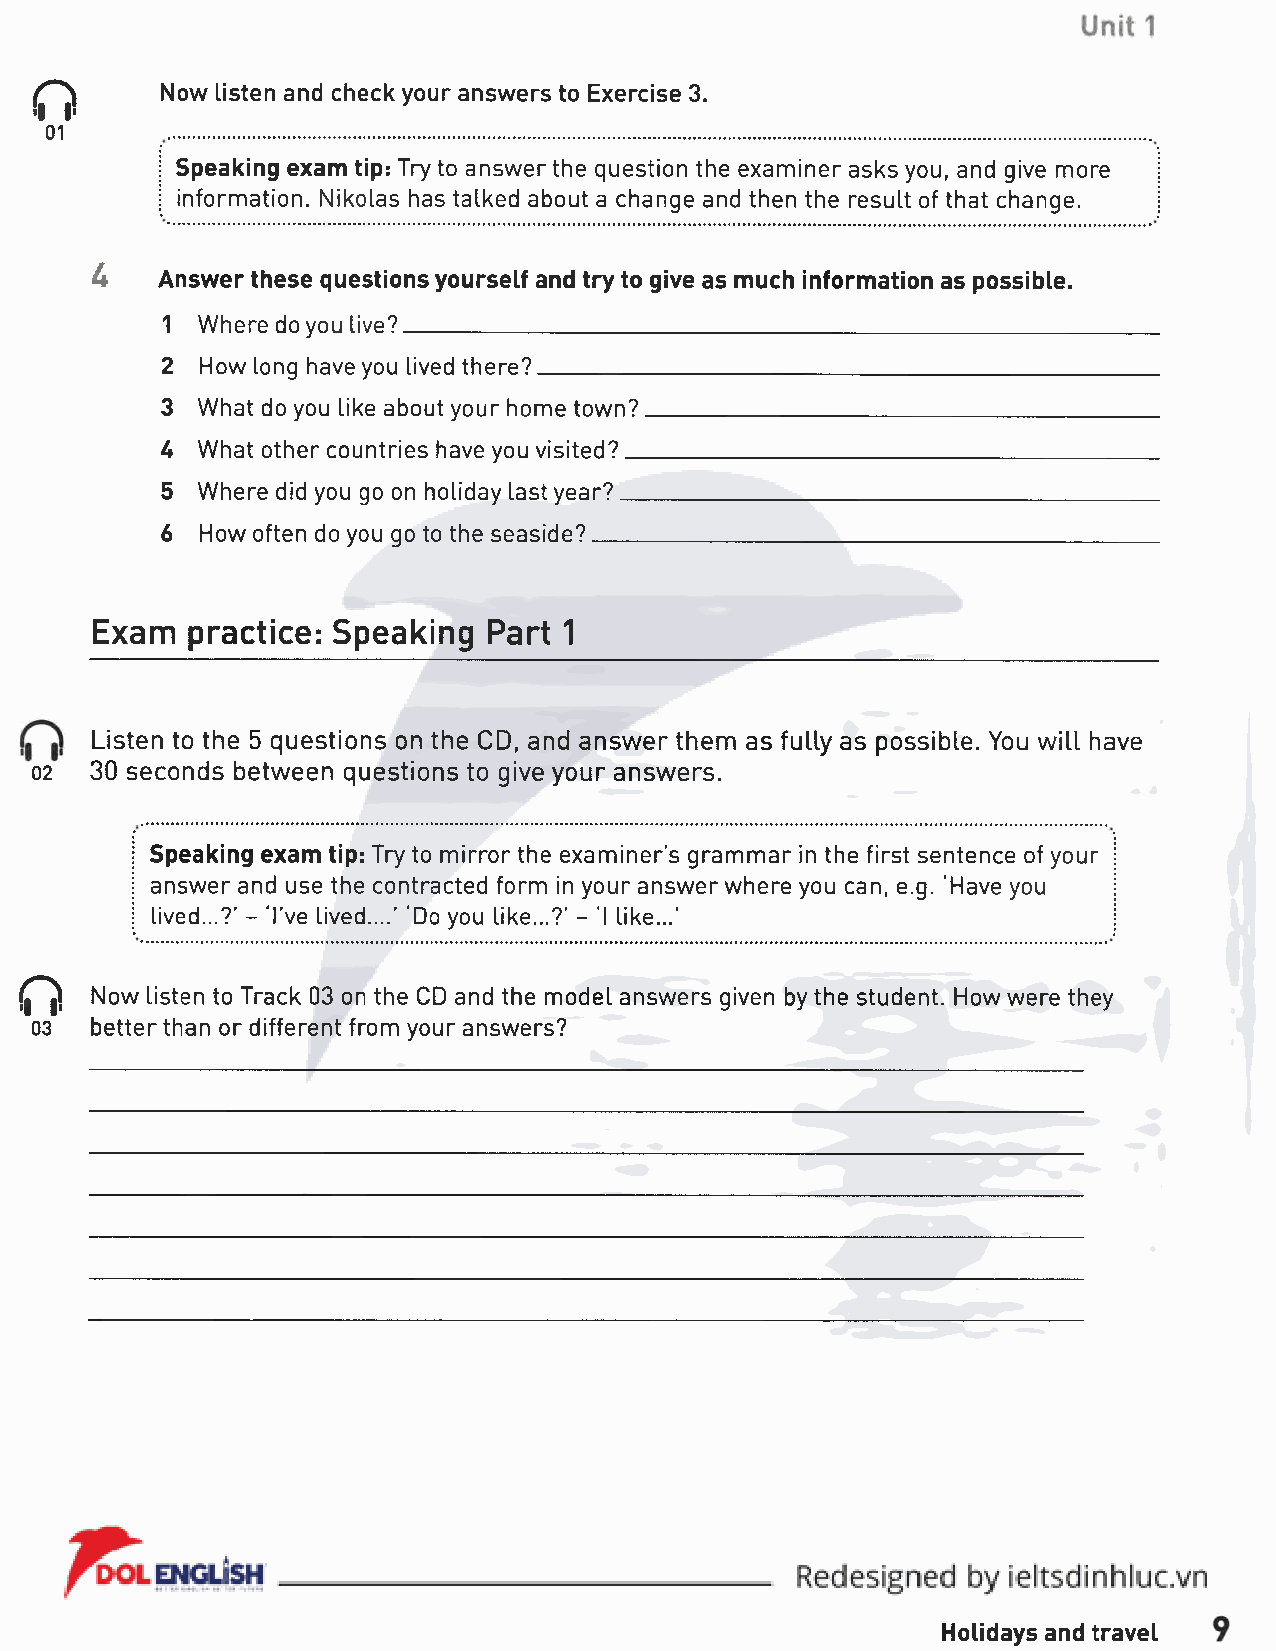
G
 Now listen and check your answers to Exercise 3.
 01
 i Speaking exam tip: Try to answer the question the examiner asks you, and give more
 i  information. Nikolas has talked about a change and then the result of that change.
 4
 Answer these questions yourself and try to give as much information as possible.
 1 Where do you live?__________________________________________________________
 2 How long have you lived there?_______________________________________________
 3 What do you like about your home town?______________________________________
 U What other countries have you visited?________________________________________
 5 Where did you go on holiday last year?________________________________________
 6 How often do you go to the seaside?___________________________________________
 Exam  practice: Speaking  Part 1
 Listen to the 5 questions on the CD, and answer them as fully as possible. You w ill have
 02  30 seconds between questions to give your answers.
 Speaking exam tip: Try to mirror the examiner’s grammar in the first sentence of your
 answer and use the contracted form in your answer where you can, e.g. ‘Have you
 lived...?’ - 'i’ve lived....’ ‘Do you like...?' - ‘I like...'
 £"'|j Now listen to Track 03 on the CD and the model answers given by the student. How were they
 03  better than or different from your answers?
 Holidays and travel